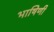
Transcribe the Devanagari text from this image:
भाषिणी